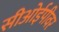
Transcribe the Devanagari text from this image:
सीओईपीवर